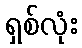
ရှစ်လုံး